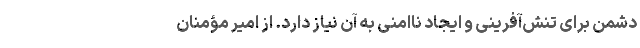
دشمن برای تنش‌آفرینی و ایجاد نا‌امنی به آن نیاز دارد. از امیر مؤمنان